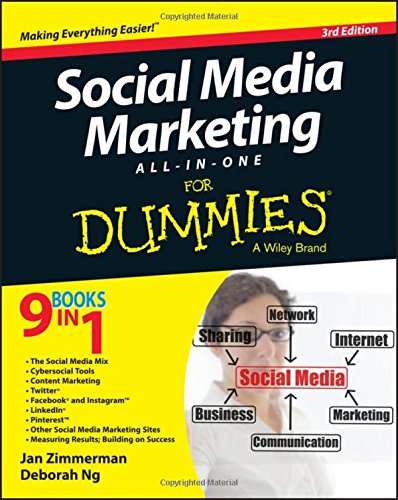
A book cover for Social Media Marketing All-in-One For Dummies; Jan Zimmerman; Computers & Technology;